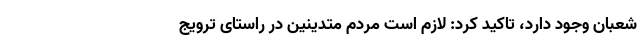
شعبان وجود دارد، تاکید کرد: لازم است مردم متدینین در راستای ترویج